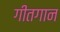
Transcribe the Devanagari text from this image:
गीतगान